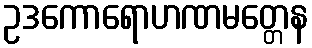
ဥဒကောရောဟဏမတ္တေန